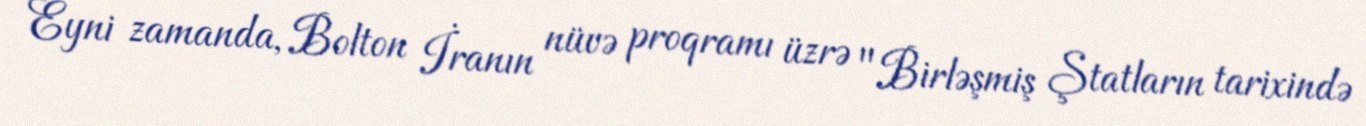
Eyni zamanda, Bolton İranın nüvə proqramı üzrə "Birləşmiş Ştatların tarixində